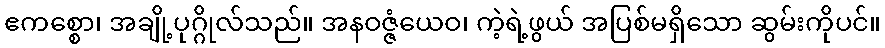
ဧကစ္စော၊ အချို့ပုဂ္ဂိုလ်သည်။ အနဝဇ္ဇံယေဝ၊ ကဲ့ရဲ့ဖွယ် အပြစ်မရှိသော ဆွမ်းကိုပင်။